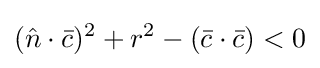
({\hat {n}}\cdot {\bar {c}})^{2}+r^{2}-({\bar {c}}\cdot {\bar {c}})<0